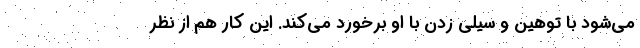
می‌شود با توهین و سیلی زدن با او برخورد می‌کند. این کار هم از نظر